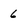
Character: 6